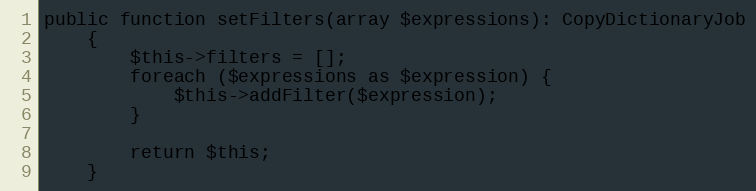
Language: PHP
public function setFilters(array $expressions): CopyDictionaryJob
    {
        $this->filters = [];
        foreach ($expressions as $expression) {
            $this->addFilter($expression);
        }

        return $this;
    }